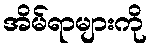
အိမ်ရာများကို